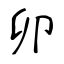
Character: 卯